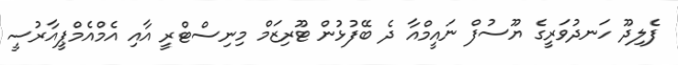
ފެލިދޫ ހަނދުވަރީގެ ޔޫސުފް ނައީމްއާ ދެ ބޭފުޅުން ޓޫރިޒަމް މިނިސްޓްރީ އާއި އެމްއެމްޕީއާރުސީ